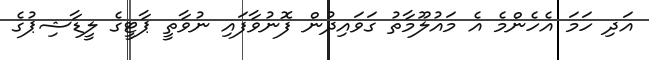
އަދި ހަމަ އެހެންމެ އެ މައުލޫމާތު ގަވައިދުން ފޮނުވާފައި ނުވާތީ ޕާޓީގެ ލީޑާޝިޕުގެ